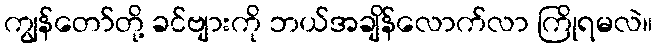
ကျွန်တော်တို့ ခင်ဗျားကို ဘယ်အချိန်လောက်လာ ကြိုရမလဲ။